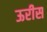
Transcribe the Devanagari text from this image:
ऊरीस